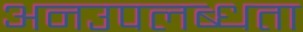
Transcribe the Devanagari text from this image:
अनउपलब्धता